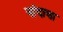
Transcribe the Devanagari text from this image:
नांदावा